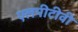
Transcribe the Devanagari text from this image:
एलपीटीवी